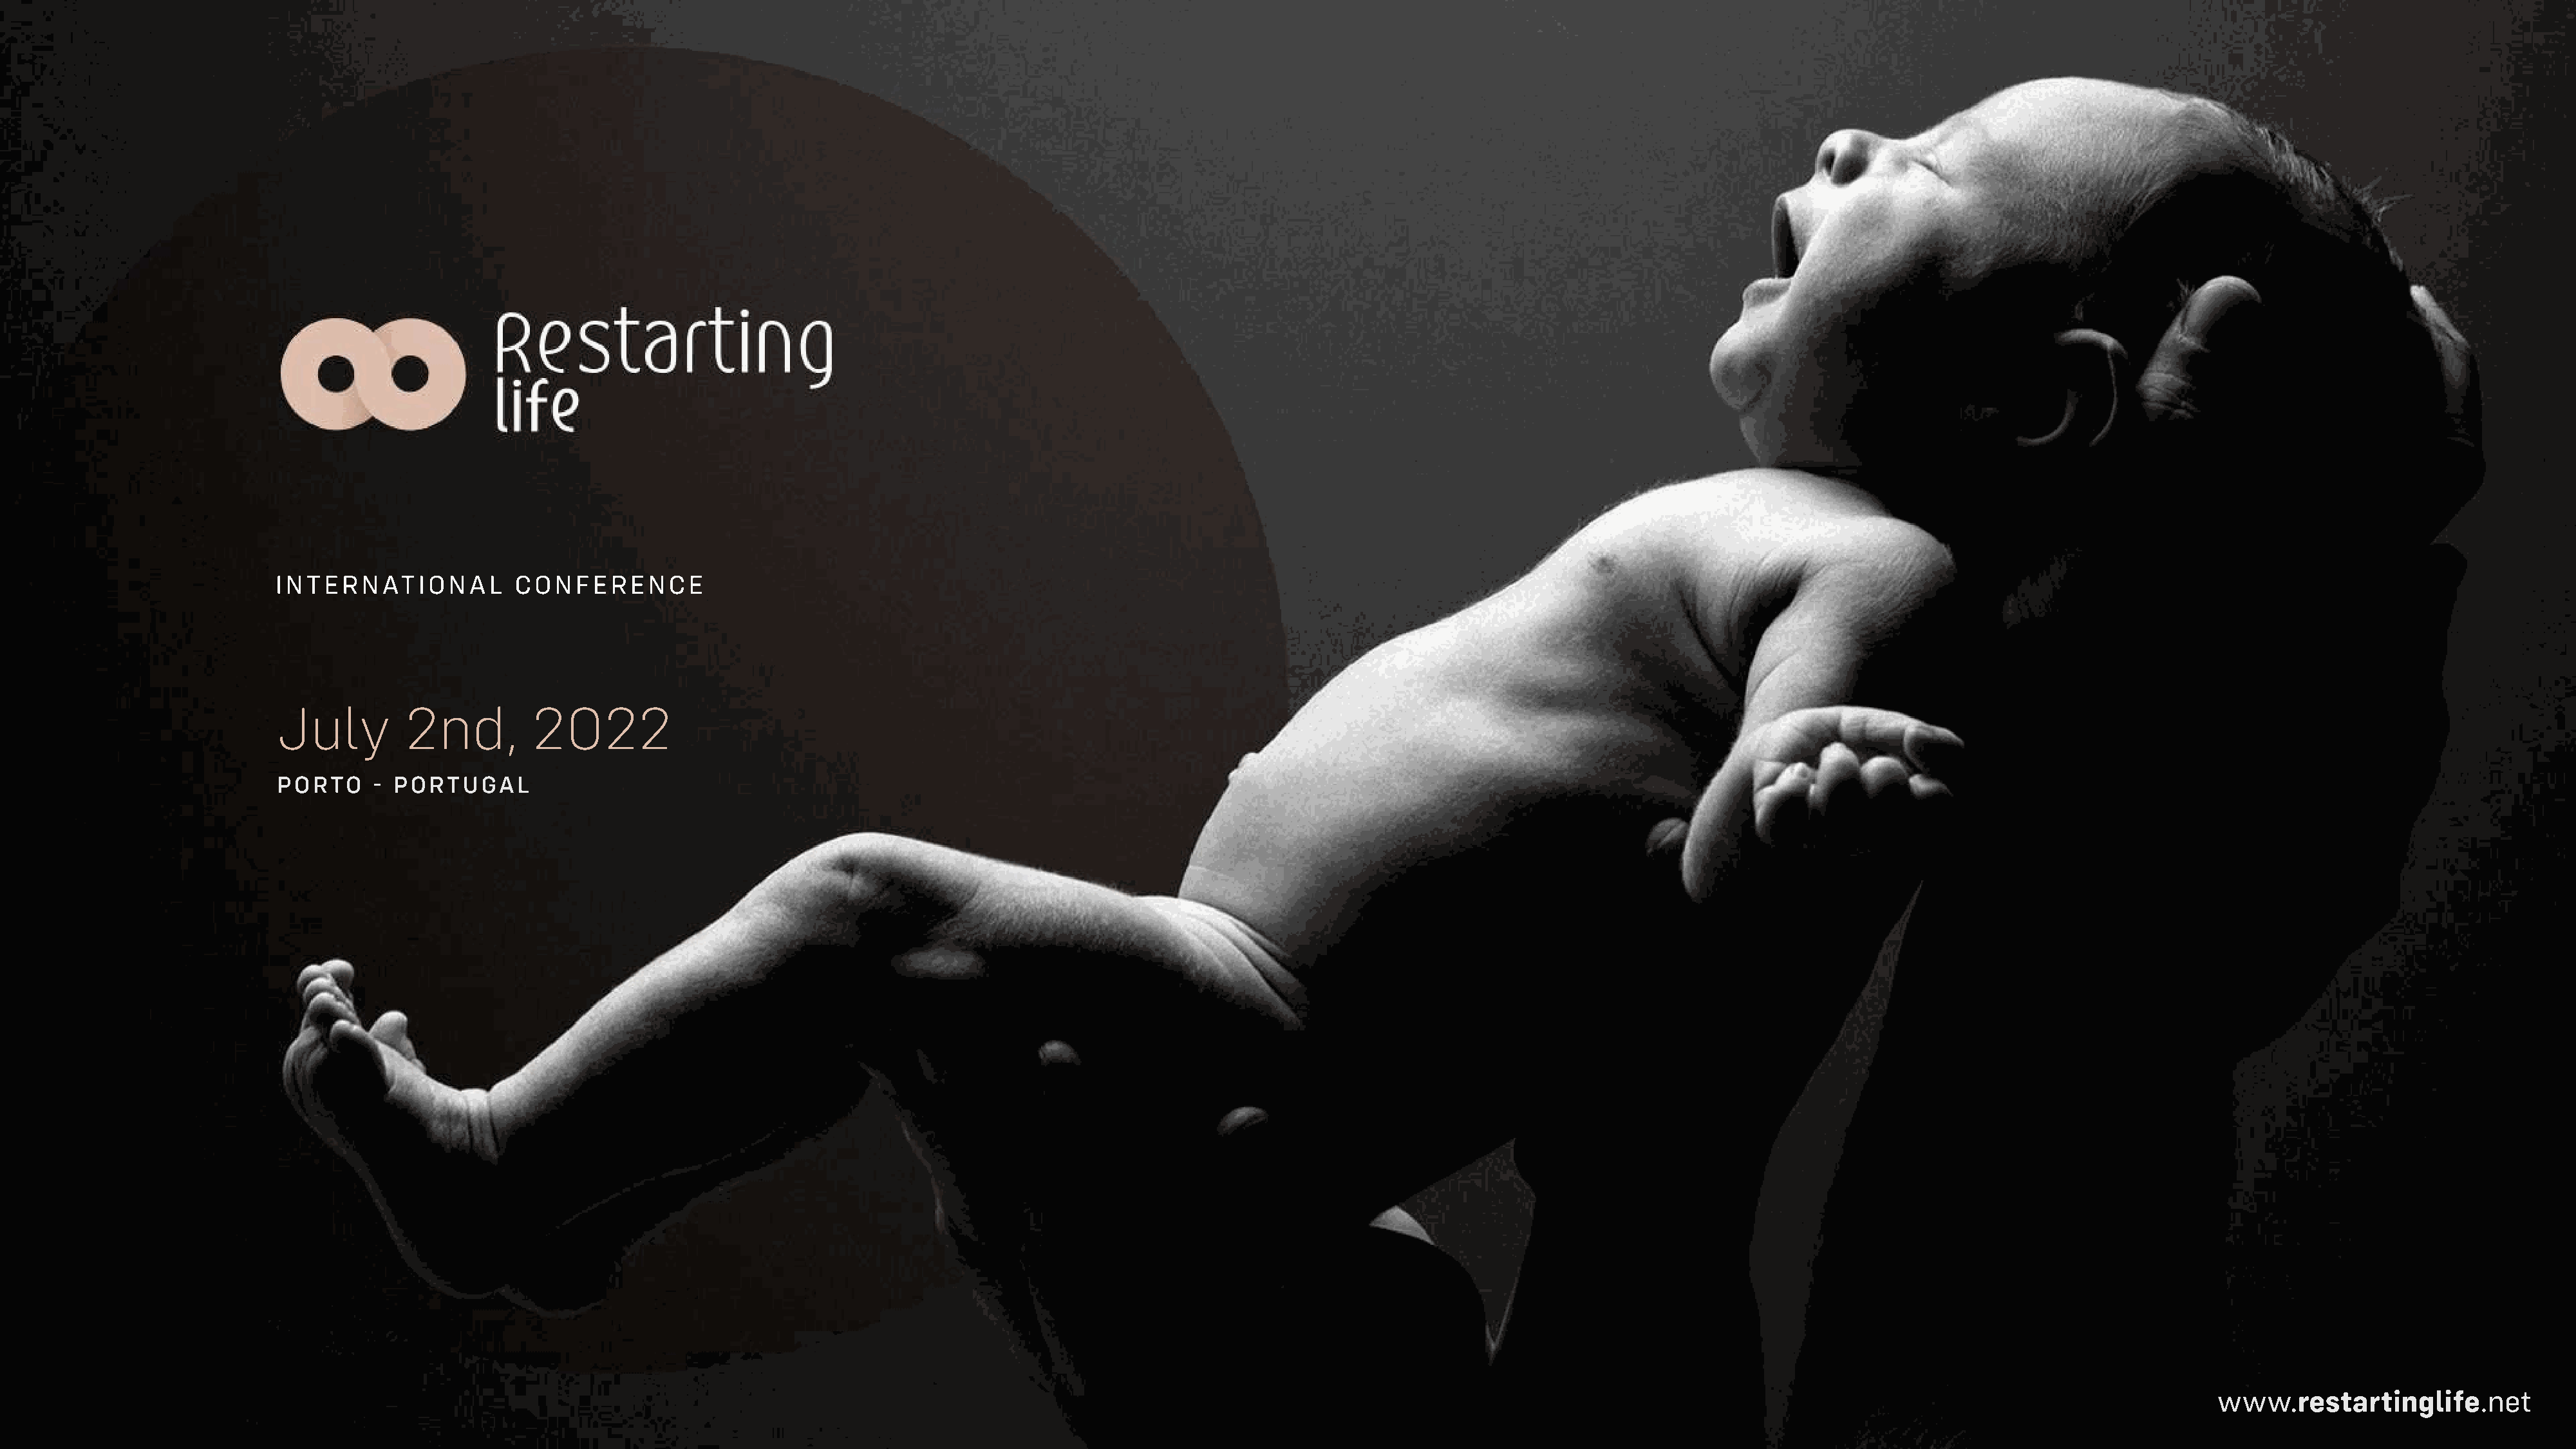
INTERNATIONAL            CONFERENCE
 July          2nd,         2022
 PORTO     - PORTUGAL
 www.restartinglife.net